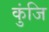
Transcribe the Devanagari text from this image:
कुंजि